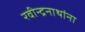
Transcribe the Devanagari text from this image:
रवीन्द्रनाथांना